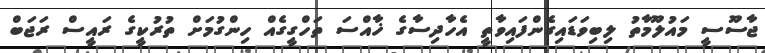
ޖާސޫސީ މައުލޫމާތު ލިބިވަޑައިގެންފައިވާތީ އެހާދިސާގެ ޚާއްސަ ތަހްގީގެއް ހިންގުމަށް ތުރުކީގެ ރައީސް ރަޖަބް